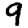
Digit: 9